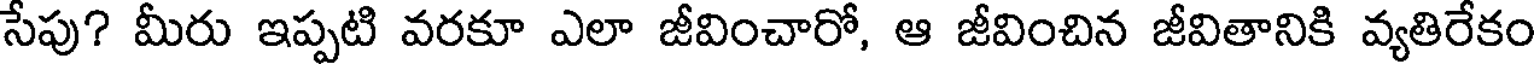
సేపు? మీరు ఇప్పటి వరకూ ఎలా జీవించారో, ఆ జీవించిన జీవితానికి వ్యతిరేకం